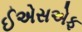
ઈએસએફ